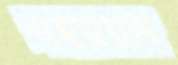
মহরম্নম